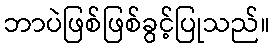
ဘာပဲဖြစ်ဖြစ်ခွင့်ပြုသည်။